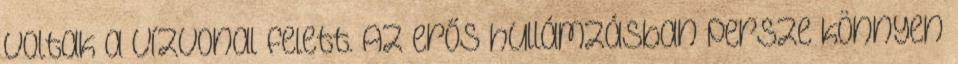
voltak a vízvonal felett. Az erős hullámzásban persze könnyen